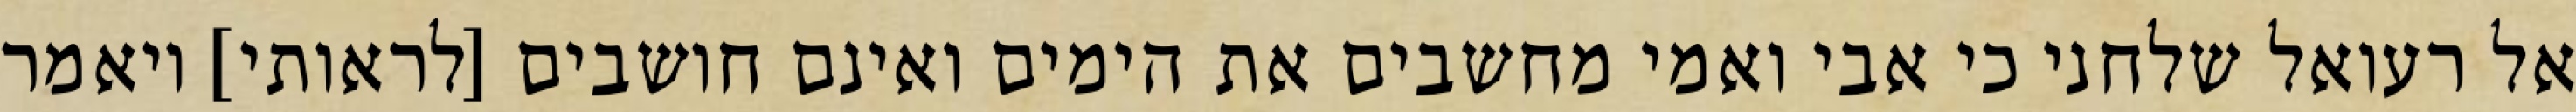
אל רעואל שלחני כי אבי ואמי מחשבים את הימים ואינם חושבים [לראותי] ויאמר